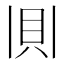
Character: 𫎎